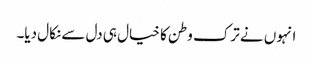
انہوں نے ترک وطن کا خیال ہی دل سے نکال دیا۔